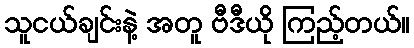
သူငယ်ချင်းနဲ့ အတူ ဗီဒီယို ကြည့်တယ်။